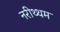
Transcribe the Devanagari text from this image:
नरीथ्थम